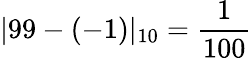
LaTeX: |99-(-1)|_{10}={\frac{1}{100}}